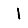
Digit: 1